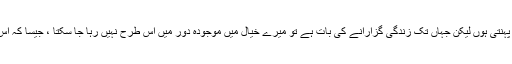
میں ہپیوں کی طرح ہی ملبوسات پہنتی ہوں لیکن جہاں تک زندگی گزارانے کی بات ہے تو میرے خیال میں موجودہ دور میں اُس طرح نہیں رہا جا سکتا ، جیسا کہ اس وقت زندگی گزاری جا تی تھی۔